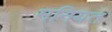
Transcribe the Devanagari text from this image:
मनियत